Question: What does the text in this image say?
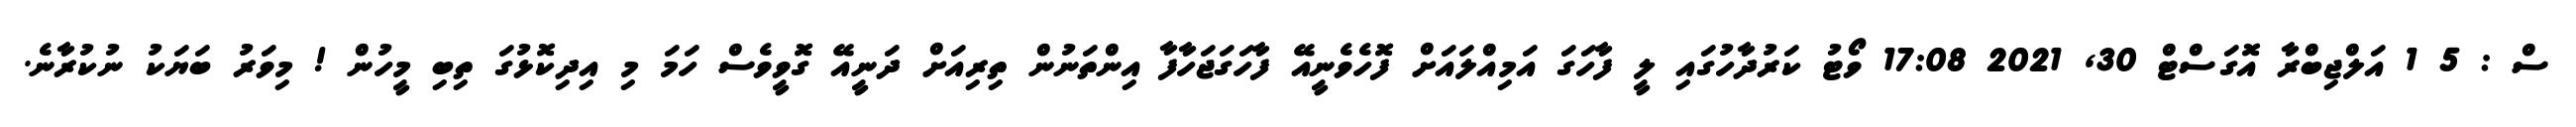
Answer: ސް : 5 1 އަލްޖިބްރާ އޮގަސްޓް 30, 2021 17:08 ވޯޓު ކަރުދާހުގައި ލީ ފާހަގަ އަމިއްލައަށް ފޮހެވެނީއޭ ފާހަގަޖަހާފާ އިންތަނުން ތިރިއަށް ދަނީއޭ ގޮވީވެސް ހަމަ މި އިދިކޮޅުގަ ތިބި މީހުން ! މިވަރު ބަޔަކު ނުކުރާނެ.